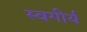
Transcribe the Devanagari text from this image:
स्वगीर्य